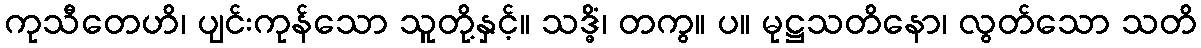
ကုသီတေဟိ၊ ပျင်းကုန်သော သူတို့နှင့်။ သဒ္ဓိံ၊ တကွ။ ပ။ မုဋ္ဌသတိနော၊ လွတ်သော သတိ